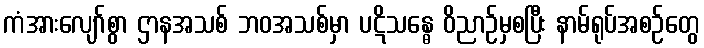
ကံအားလျော်စွာ ဌာနအသစ် ဘဝအသစ်မှာ ပဋိသန္ဓေ ဝိညာဉ်မှစပြီး နာမ်ရုပ်အစဉ်တွေ